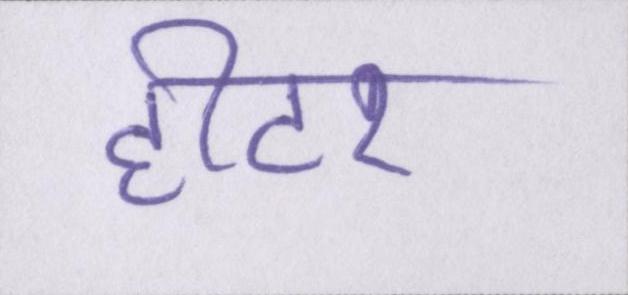
हीटर